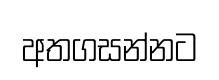
අතගසන්නට